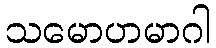
သမောဟမာဂါ